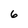
Character: 6